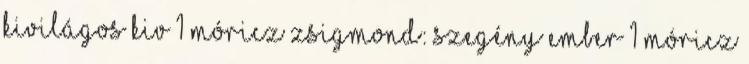
Kivilágos kiv 1 Móricz Zsigmond: Szegény ember 1 Móricz